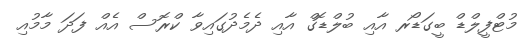
މުޓްފީލްޑް ބީގަޑޯރ އާއި ބުލްޑޮގް އާއި ދެމެދުގައިވާ ކްރޮސް އެއް ފަދަ މާމުއި